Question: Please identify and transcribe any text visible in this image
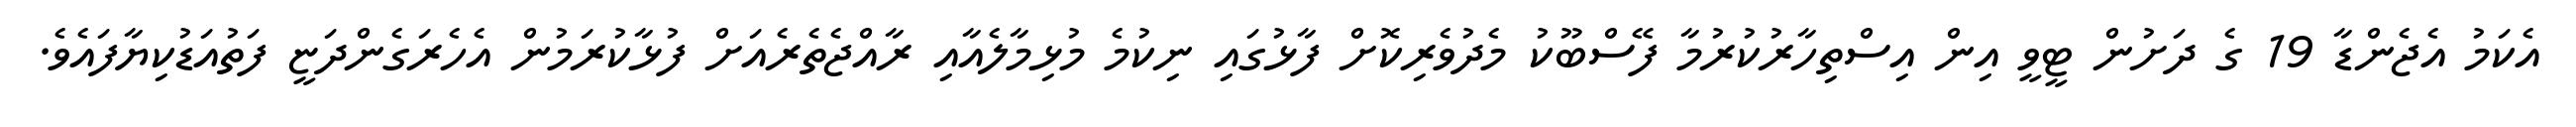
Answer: އެކަމު އެޖެންޑާ 19 ގެ ދަށުން ޓީވީ އިން އިސްތިހާރުކުރުމާ ފޭސްބޫކު މެދުވެރިކޮށް ފާޅުގައި ނިކުމެ މުޅިމާލެއާއި ރާއްޖެތެރެއަށް ފުޅާކުރަމުން އެހެރަގެންދަޏީ ފަތުއަޑުކިޔާފައެވެ.